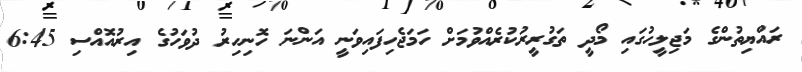
ރައްޔިތުންގެ މަޖިލީހުގައި މޯދީ ތަގުރީރުކުރެއްވުމަށް ހަމަޖެހިފައިވަނީ އަންނަ ހޮނިހިރު ދުވަހުގެ އިރުއޮއްސި 6:45